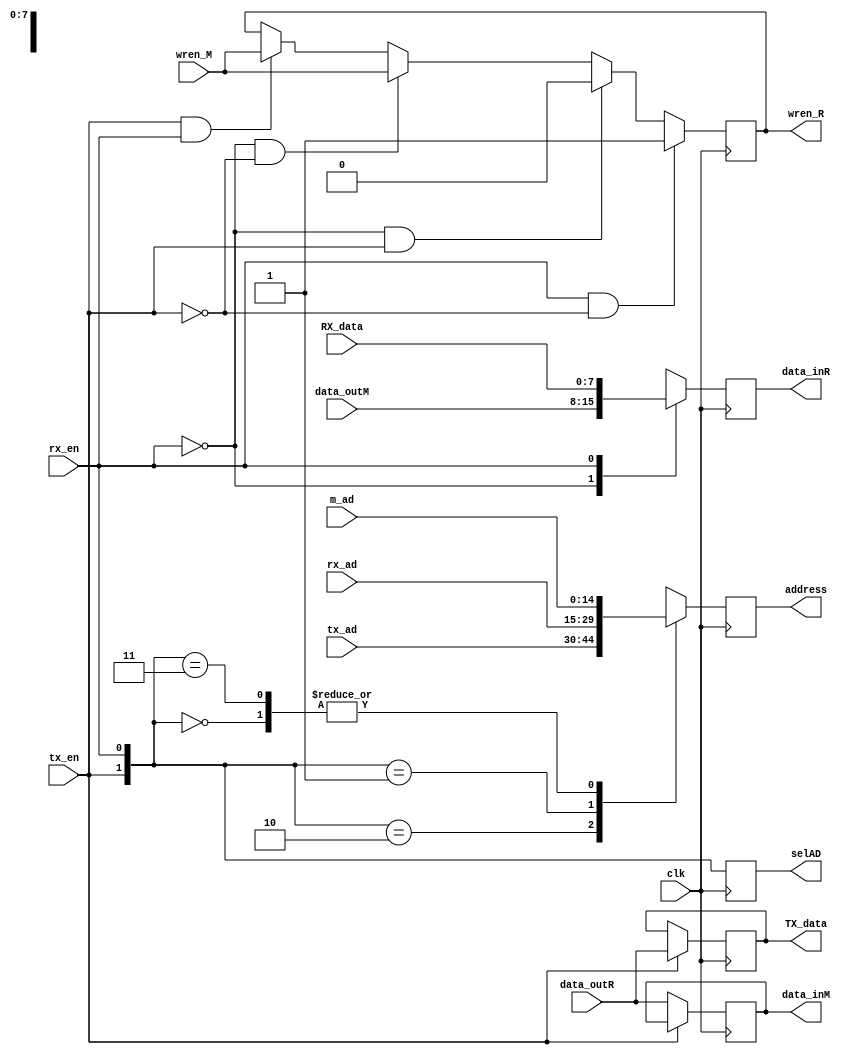
module mux8(clk,selAD,tx_ad,rx_ad,m_ad,address,TX_data,RX_data,data_inR,data_outR,data_inM,data_outM,wren_R,wren_M,tx_en,rx_en);
input [14:0]tx_ad,rx_ad,m_ad;
output reg [14:0]address;
output reg [1:0]selAD;

input [7:0]RX_data,data_outR,data_outM;
output reg [7:0]TX_data,data_inR,data_inM;
output reg wren_R;
input tx_en,rx_en;
input clk,wren_M;
always @(posedge clk)
begin
	selAD={tx_en,rx_en};
	case (tx_en)
		1'b0 : data_inM <= data_outR;
		1'b1 : TX_data <= data_outR;
		endcase
	case (rx_en)
		1'b0 : data_inR <= data_outM;
		1'b1 : data_inR <= RX_data;
		endcase
	case (selAD)
		2'b00 : address <= m_ad;
		2'b10 : address <= tx_ad;
		2'b01 : address <= rx_ad;
		2'b11 : address <= m_ad;
		endcase
	if ((tx_en==1)&(rx_en==1))
		wren_R=wren_M;
	if ((rx_en==0)&(tx_en==0))
		wren_R=wren_M;
	if ((rx_en==0)&(tx_en==1))
		wren_R=0;
	if ((rx_en==1)&(tx_en==0))
		wren_R=1;

		
end
endmodule